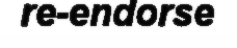
re-endorse